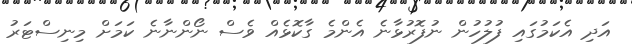
އަދި އެކަމުގައި ފުލުހުން ނުފޮރުޅާނެ އެންމެ ގާކޮޅެއް ވެސް ނޯންނާނެ ކަމަށް މިނިސްޓަރު